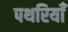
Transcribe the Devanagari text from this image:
पथरियाँ